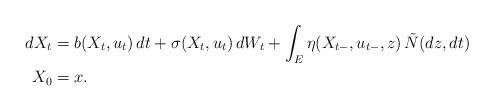
LaTeX: \begin{align*}dX_t&=b(X_t,u_t)\,dt+\sigma(X_t,u_t)\,dW_t+\int_{E}\eta(X_{t-},u_{t-},z)\,\tilde{N}(dz,dt)\\X_0&=x.\end{align*}